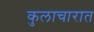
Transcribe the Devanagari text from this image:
कुलाचारात